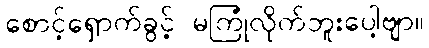
စောင့်ရှောက်ခွင့် မကြုံလိုက်ဘူးပေါ့ဗျာ။